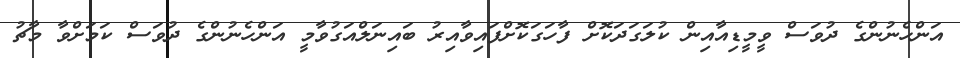
އަންހެނުންގެ ދުވަސް ވީމީޑިއާއިން ކުލަގަދަކޮށް ފާހަގަކޮށްފައިވާއިރު ބައިނަލްއަގުވާމީ އަންހެނުންގެ ދުވަސް ކަމަށްވާ މާޗު